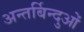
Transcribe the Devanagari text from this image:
अन्तर्बिन्दुओं